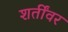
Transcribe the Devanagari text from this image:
शर्तींवर